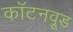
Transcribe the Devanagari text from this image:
कॉटनवूड